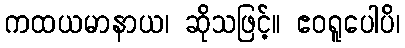
ကထယမာနာယ၊ ဆိုသဖြင့်။ ဧဝရူပေါပိ၊